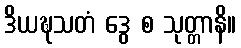
ဒိယဍ္ဎသတံ ဒွေ စ သုတ္တာနိ။